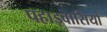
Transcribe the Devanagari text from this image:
पहाड़वासियों